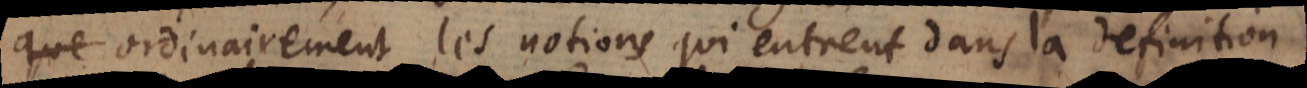
nairement les notions qui entrent dans la definition,